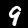
Label: 9